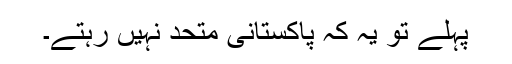
پہلے تو یہ کہ پاکستانی متحد نہیں رہتے۔